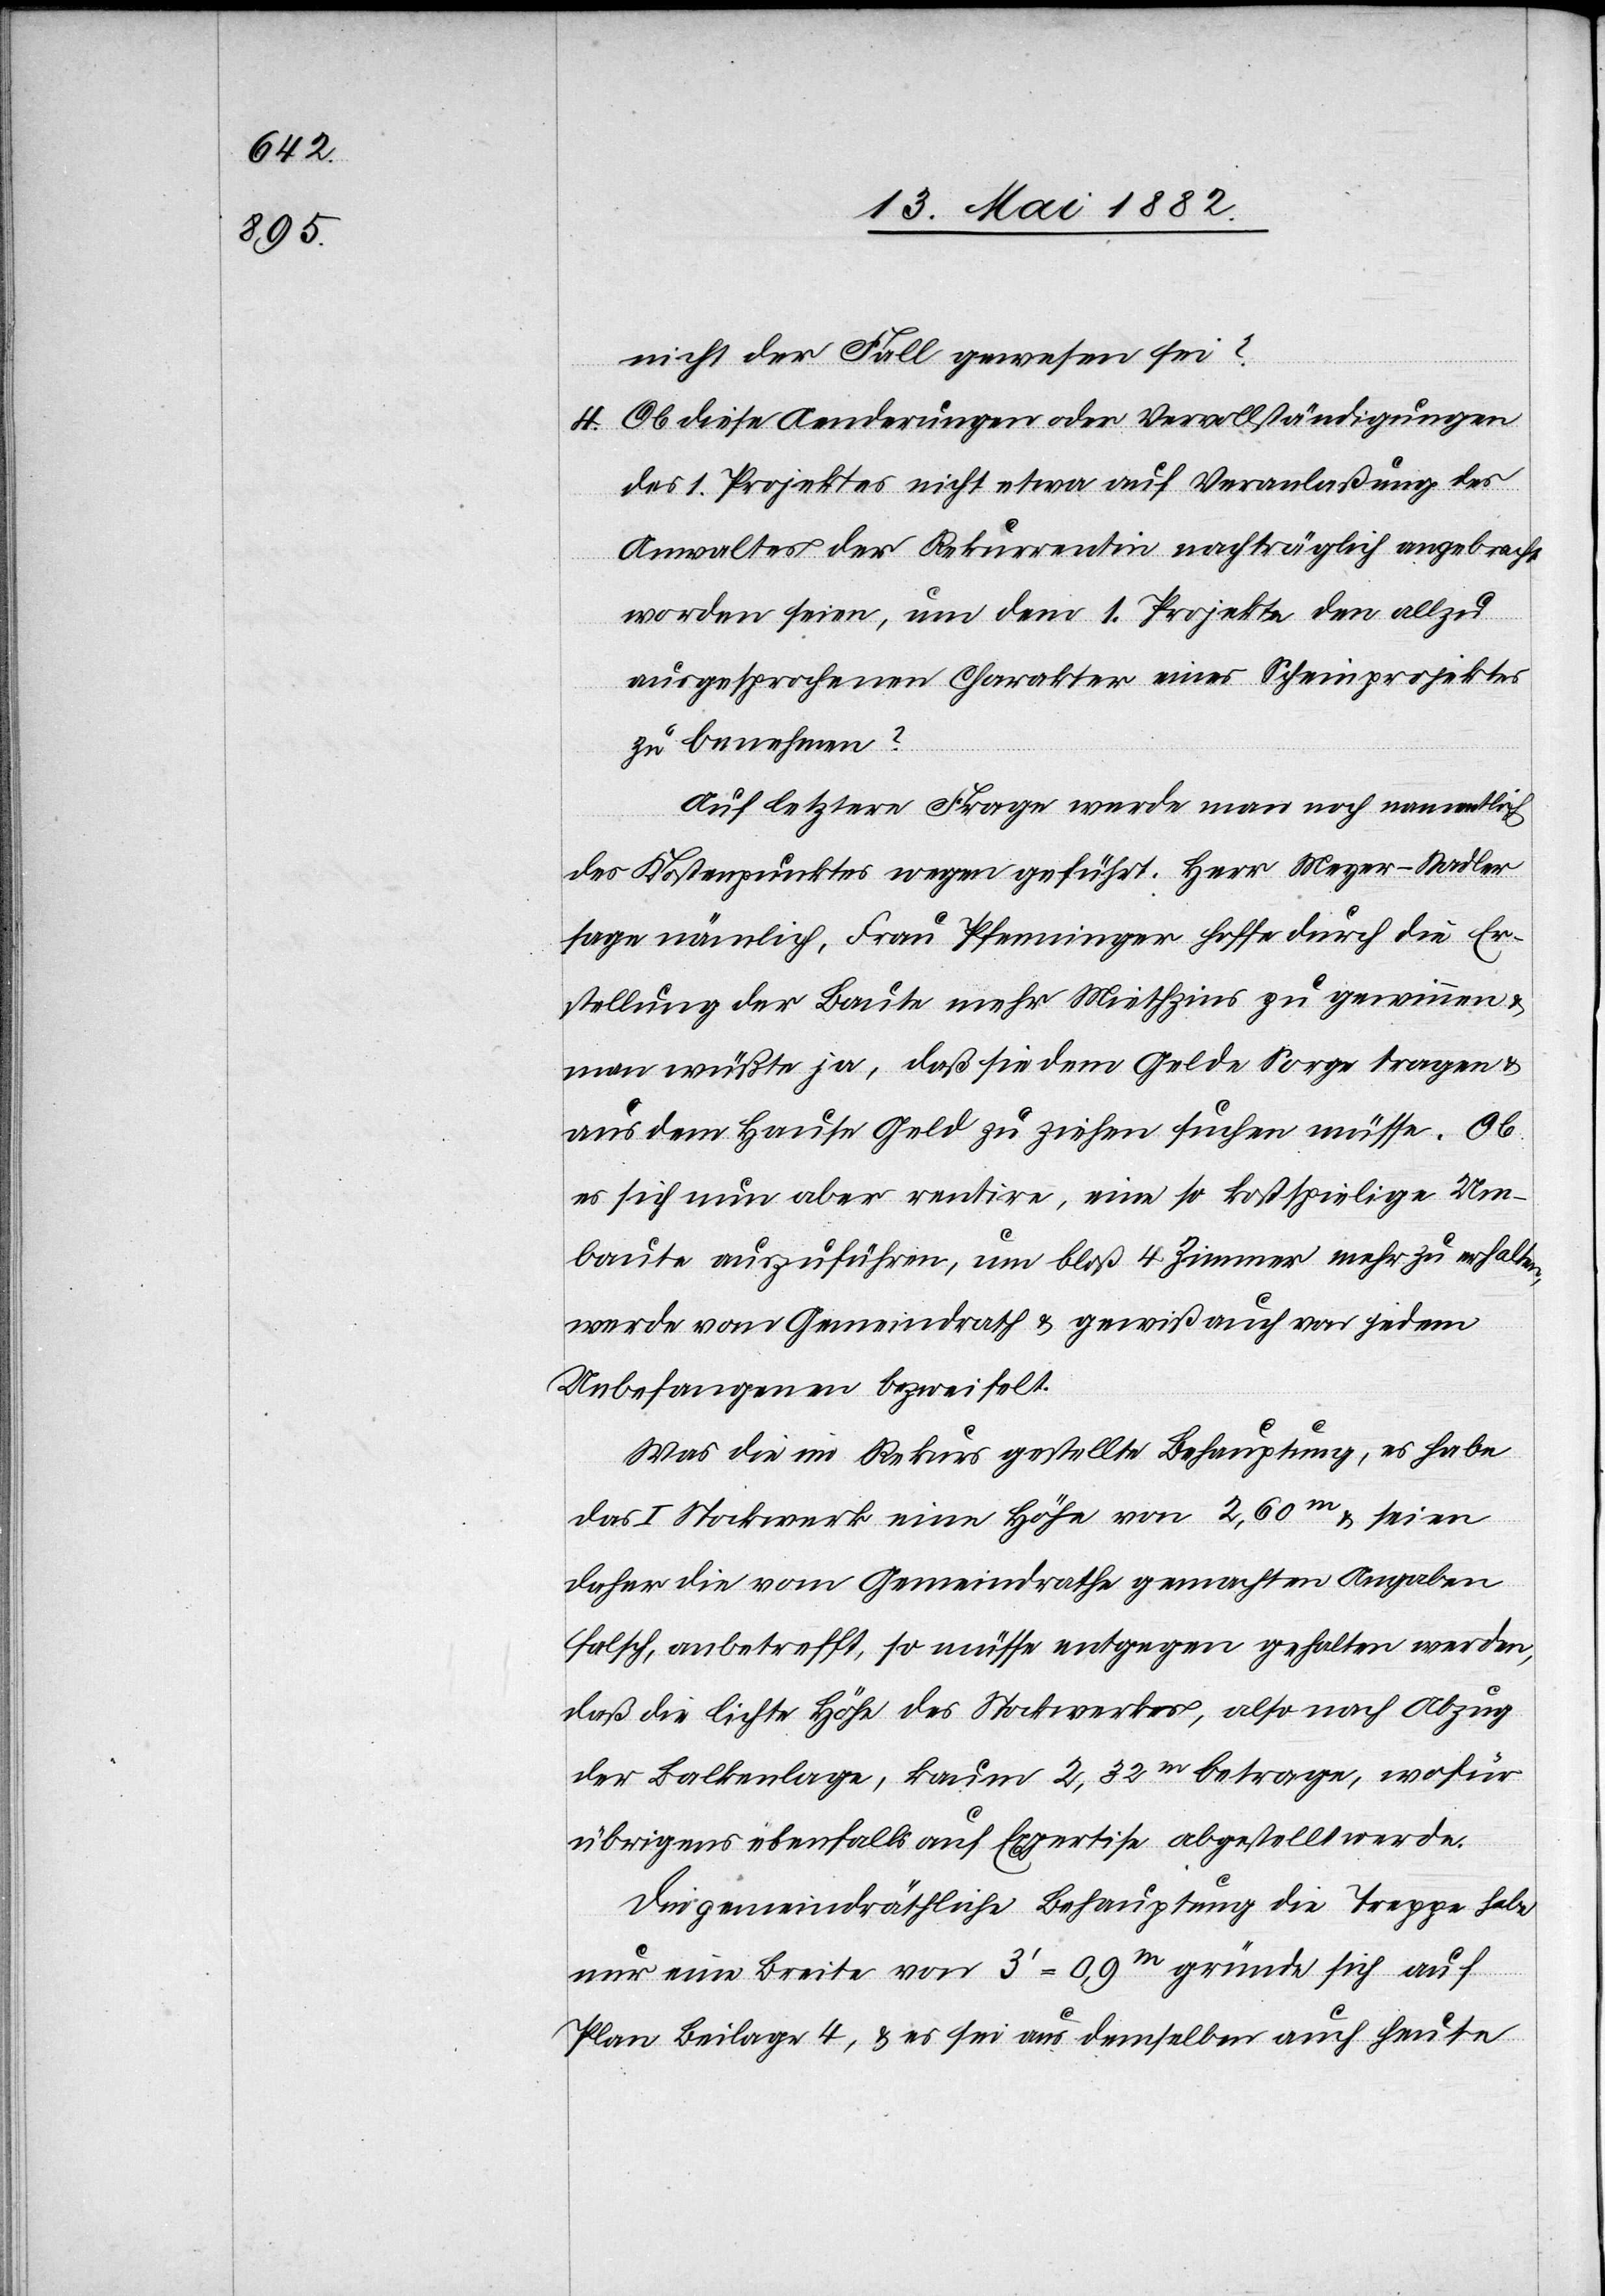
nicht der Fall gewesen sei?
4. Ob diese Aenderungen oder Vervollständigungen
des 1. Projektes nicht etwa auf Veranlaßung des
Anwaltes der Rekurrentin nachträglich angebracht
worden seien, um dem 1. Projekte den allzu
ausgesprochenen Charakter eines Scheinprojektes
zu benehmen?
Auf letztere Frage werde man noch namentlich
des Kostenpunktes wegen geführt. Herr Meyer-Stadler
sage nämlich, Frau Pfenninger hoffe durch die Er¬
stellung der Baute mehr Miethzins zu gewinnen &
man wüßte ja, daß sie dem Gelde Sorge tragen &
aus dem Hause Gelde zu ziehen suchen müsse. Ob
es sich nun aber rentire, eine so kostspielige Um¬
baute auszuführen, um bloß 4 Zimmer mehr zu erhalten,
werde vom Gemeindrath & gewiß auch von jedem
Unbefangenen bezweifelt.
Was die im Rekurs gestellte Behauptung, es habe
das I. Stockwerk eine Höhe von 2,60m & seien
daher die vom Gemeindrathe gemachten Angaben
falsch, anbetrefft [sic!], so müsse entgegen gehalten werden,
daß die lichte Höhe des Stockwerkes, also nach Abzug
der Balkenlage, kaum 2,32m betrage, wofür
übrigens ebenfalls auf Expertise abgestellt werde.
Die gemeindräthliche Behauptung die Treppe habe
nur eine Breite von 3’ = 0,9m gründe sich auf
Plan Beilage 4, & es sei aus demselben auch heute